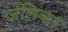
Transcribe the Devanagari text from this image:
जलिका